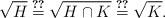
LaTeX: \begin{align*}\sqrt{H} \stackrel{\ref{EqRootProp}}{=} \sqrt{H \cap K} \stackrel{\ref{EqRootProp}}{=} \sqrt{K}.\end{align*}